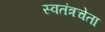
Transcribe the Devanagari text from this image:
स्वतंत्रचेता